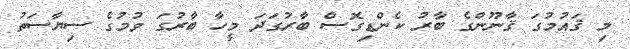
މި ޤައުމުގަ ޤާނޫންގެ ބާރު ކެންޑިގޮޮސް ބާރުގަދަ މީހާ ބާރުގަ ވުމުގެ ސިޔާސަތު